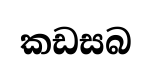
කඩසබ